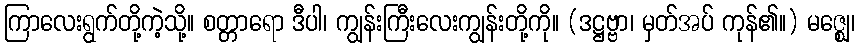
ကြာလေးရွက်တို့ကဲ့သို့။ စတ္တာရော ဒီပါ၊ ကျွန်းကြီးလေးကျွန်းတို့ကို။ (ဒဋ္ဌဗ္ဗာ၊ မှတ်အပ် ကုန်၏။) မဇ္ဈေ၊